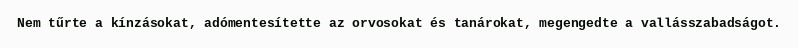
Nem tűrte a kínzásokat, adómentesítette az orvosokat és tanárokat, megengedte a vallásszabadságot.